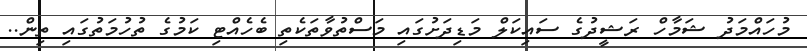
މުހައްމަދު ޝަމާހް ރަޝީދުގެ ސައިކަލް މަޑިދަށުގައި މަސްތުވާތަކެތި ބެހެއްޓި ކަމުގެ ތުހުމަތުގައި ތިން..